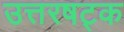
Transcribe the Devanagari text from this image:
उत्तरषट्क